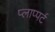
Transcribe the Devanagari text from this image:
प्लाप्पर्ट